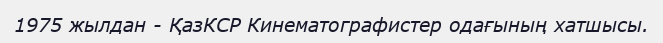
1975 жылдан - ҚазКСР Кинематографистер одағының хатшысы.